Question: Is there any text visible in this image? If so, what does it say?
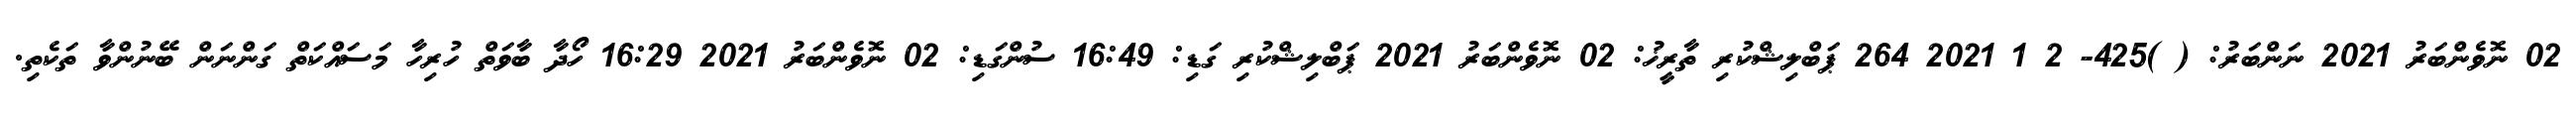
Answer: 02 ނޮވެންބަރު 2021 ނަންބަރު: ( )425- 2 1 2021 264 ޕަބްލިޝްކުރި ތާރީޚު: 02 ނޮވެންބަރު 2021 ޕަބްލިޝްކުރި ގަޑި: 16:49 ސުންގަޑި: 02 ނޮވެންބަރު 2021 16:29 ހޯދާ ބާވަތް ހުރިހާ މަސައްކަތް ގަންނަން ބޭނުންވާ ތަކެތި.